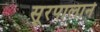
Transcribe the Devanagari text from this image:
सूरपालाने